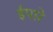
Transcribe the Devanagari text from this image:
ईपारे